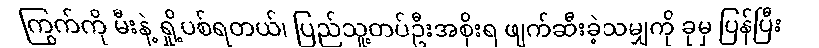
ကြွက်ကို မီးနဲ့ ရှို့ပစ်ရတယ်၊ ပြည်သူ့တပ်ဦးအစိုးရ ဖျက်ဆီးခဲ့သမျှကို ခုမှ ပြန်ပြီး